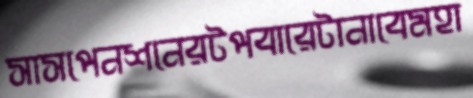
সাসপেনশনেরটপবারেটানাবেমহা